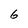
Character: 6